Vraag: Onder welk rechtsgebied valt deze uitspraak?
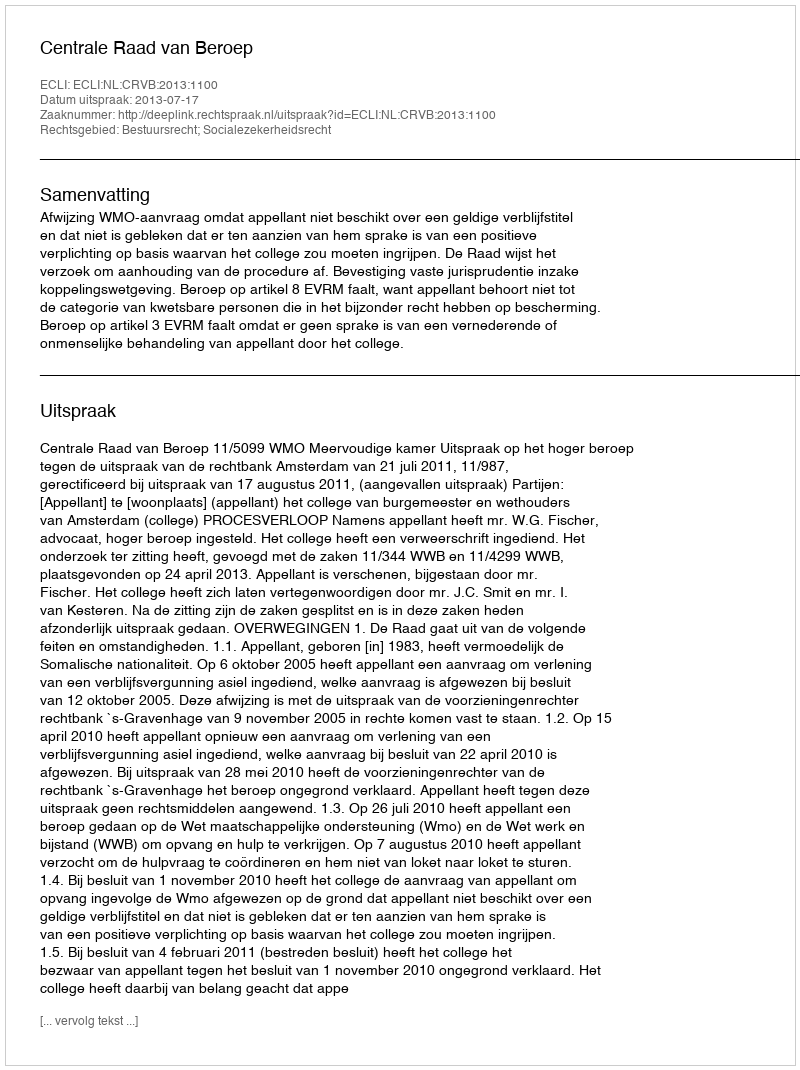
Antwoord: Bestuursrecht; Socialezekerheidsrecht